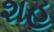
શહ